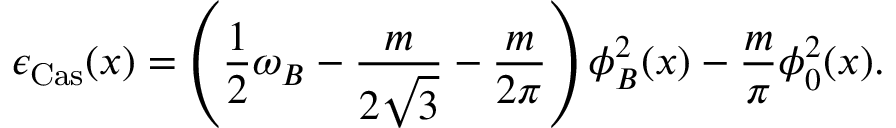
\epsilon _ { \mathrm { C a s } } ( x ) = \left( \frac { 1 } { 2 } \omega _ { B } - \frac { m } { 2 \sqrt { 3 } } - \frac { m } { 2 \pi } \right) \phi _ { B } ^ { 2 } ( x ) - \frac { m } { \pi } \phi _ { 0 } ^ { 2 } ( x ) .